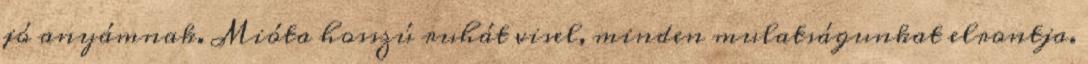
jó anyámnak. Mióta hosszú ruhát visel, minden mulatságunkat elrontja.